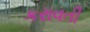
કરાવતી